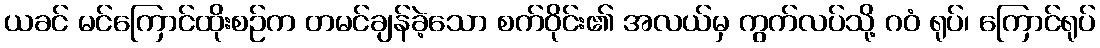
ယခင် မင်ကြောင်ထိုးစဉ်က တမင်ချန်ခဲ့သော စက်ဝိုင်း၏ အလယ်မှ ကွက်လပ်သို့ ဂဝံ ရုပ်၊ ကြောင်ရုပ်